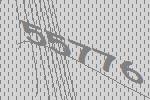
55776